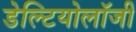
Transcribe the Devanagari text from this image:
डेल्टियोलॉजी